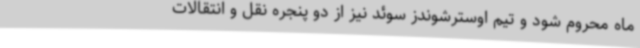
ماه محروم شود و تیم اوسترشوندز سوئد نیز از دو پنجره نقل و انتقالات